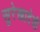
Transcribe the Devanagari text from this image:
सुरेखादेवी